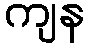
ကျန